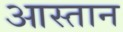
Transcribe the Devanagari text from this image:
आस्तान